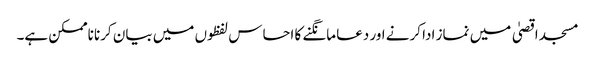
مسجد اقصیٰ میں نماز ادا کرنے اور دعا مانگنے کا احساس لفظوں میں بیان کرنا ناممکن ہے۔